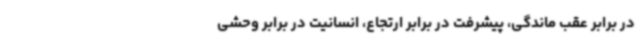
در برابر عقب ماندگی، پیشرفت در برابر ارتجاع، انسانیت در برابر وحشی